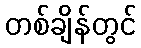
တစ်ချိန်တွင်